Vaccine operations Central Provinces 1886-1899 - 1886-1899
Year: 1886
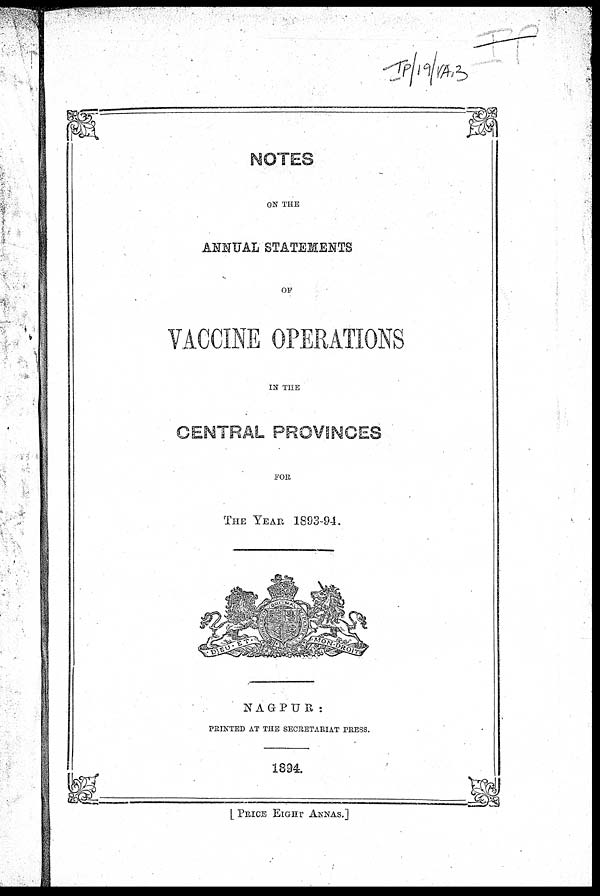
NOTES
ON THE
ANNUAL STATEMENTS
OF
VACCINE OPERATIONS
IN THE
CENTRAL PROVINCES
FOR
THE YEAR 1893-94.
NAGPUR:
PRINTED AT THE SECRETARIAT PRESS.
1894.
[ PRICE EIGHT ANNAS.]